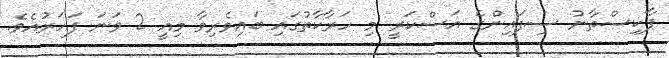
ޕާކިސްތާނު ސިފައިންގެ އަސްކަރީ މި ހަރާކާތުގައި ބައިވެރިވާ މިއީ 2 ވަނަ ފަހަރުއެވެ.